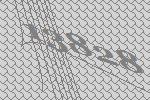
13828